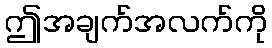
ဤအချက်အလက်ကို